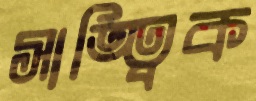
সাত্ত্বিক